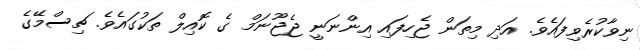
ނިވާކުރެވިފައެވެ. އަދި މިތަން ޖެހިފައި އިންނަނީ ޖެޖޫނަމް ގެ ކޮއިލް ތަކުގައެވެ. ޗިސްމޭގެ